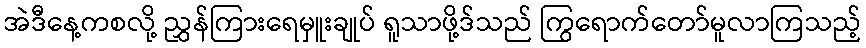
အဲဒီနေ့ကစလို့ ညွှန်ကြားရေမှူးချုပ် ရူသာဖို့ဒ်သည် ကြွရောက်တော်မူလာကြသည့်